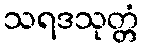
သရဒသုတ္တံ